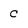
Character: C